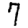
Digit: 7